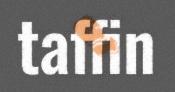
taffin